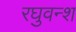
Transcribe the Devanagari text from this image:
रघुवन्श